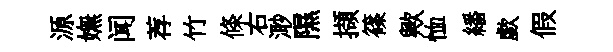
源嫵闻荐竹條右𣺌隰擷篠歟恤繙歔假